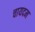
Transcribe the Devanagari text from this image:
चायदम